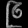
Digit: ၉